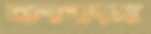
বালাপাড়ায়